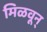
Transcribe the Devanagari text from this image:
मिळवून्